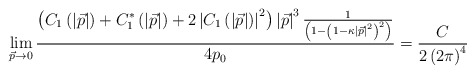
\begin{align*}\lim_{\vec{p}\rightarrow 0}\frac{\left(C_1\left(\left|\vec{p}\right| \right) +C_1^{*}\left(\left| \vec{p}\right| \right)+2\left| C_1\left(\left| \vec{p}\right| \right) \right| ^2\right)\left| \vec{p}\right| ^3\frac 1{\left(1-\left(1-\kappa \left|\vec{p}\right| ^2\right) ^2\right) }}{4p_0}=\frac C{2\left(2\pi\right) ^4}\end{align*}